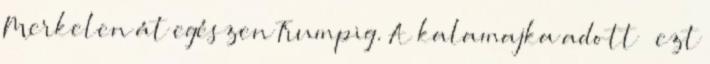
Merkelen át egészen Trumpig. A kalamajka adott – ezt